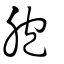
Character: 胞